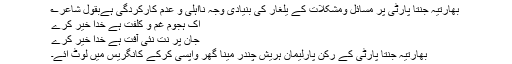
بھارتیہ جنتا پارٹی پر مسائل ومشکلات کے یلغار کی بنیادی وجہ نااہلی و عدم کارکردگی ہےبقول شاعر؎
اک ہجوم غم و کلفت ہے خدا خیر کرے
جان پر نت نئی آفت ہے خدا خیر کرے
بھارتیہ جنتا پارٹی کے رکن پارلیمان ہریش چندر مینا گھر واپسی کرکے کانگریس میں لوٹ آئے۔